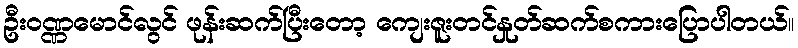
ဦးဝဏ္ဏမောင်လွင် ဖုန်းဆက်ပြီးတော့ ကျေးဇူးတင်နှုတ်ဆက်စကားပြောပါတယ်။